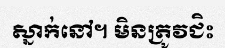
ស្នាក់នៅ។ មិនត្រូវជិះ